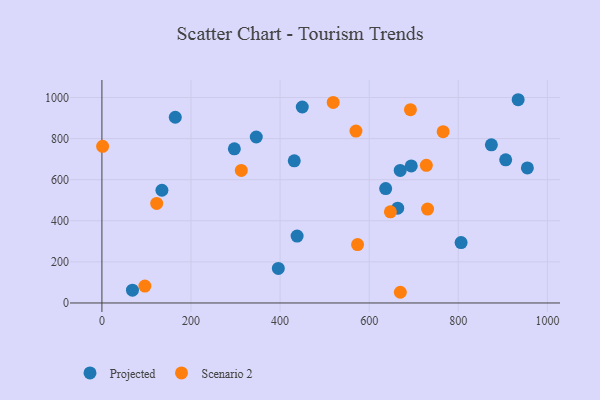
{"axis": {"x": "Study Hours", "y": "Fuel Efficiency"}, "legend": ["Projected", "Scenario 2"], "data": [{"x": "669.6", "y": 644.9, "type": "Projected"}, {"x": "449.8", "y": 953.9, "type": "Projected"}, {"x": "934.4", "y": 989.2, "type": "Projected"}, {"x": "297.3", "y": 750.3, "type": "Projected"}, {"x": "164.7", "y": 904.0, "type": "Projected"}, {"x": "955.1", "y": 657.5, "type": "Projected"}, {"x": "694.4", "y": 667.1, "type": "Projected"}, {"x": "637.0", "y": 556.9, "type": "Projected"}, {"x": "874.3", "y": 769.5, "type": "Projected"}, {"x": "664.0", "y": 461.5, "type": "Projected"}, {"x": "396.0", "y": 168.3, "type": "Projected"}, {"x": "806.3", "y": 294.2, "type": "Projected"}, {"x": "346.5", "y": 807.7, "type": "Projected"}, {"x": "68.6", "y": 62.1, "type": "Projected"}, {"x": "438.2", "y": 325.6, "type": "Projected"}, {"x": "906.4", "y": 696.6, "type": "Projected"}, {"x": "134.7", "y": 548.7, "type": "Projected"}, {"x": "431.8", "y": 692.0, "type": "Projected"}, {"x": "519.2", "y": 975.9, "type": "Scenario 2"}, {"x": "647.6", "y": 443.7, "type": "Scenario 2"}, {"x": "312.9", "y": 644.9, "type": "Scenario 2"}, {"x": "123.0", "y": 484.4, "type": "Scenario 2"}, {"x": "96.5", "y": 82.5, "type": "Scenario 2"}, {"x": "728.3", "y": 669.9, "type": "Scenario 2"}, {"x": "573.9", "y": 284.2, "type": "Scenario 2"}, {"x": "669.9", "y": 52.1, "type": "Scenario 2"}, {"x": "731.1", "y": 457.2, "type": "Scenario 2"}, {"x": "1.6", "y": 762.5, "type": "Scenario 2"}, {"x": "570.3", "y": 836.5, "type": "Scenario 2"}, {"x": "692.6", "y": 940.6, "type": "Scenario 2"}, {"x": "766.0", "y": 833.7, "type": "Scenario 2"}]}